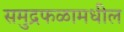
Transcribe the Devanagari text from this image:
समुद्रफळामधील